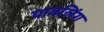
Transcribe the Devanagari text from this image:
पावलिंग